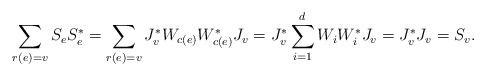
LaTeX: \begin{align*} \sum_{r(e)=v} S_e S_e^* = \sum_{r(e)=v} J_v^* W_{c(e)} W_{c(e)} ^* J_v = J_v^* \sum_{i=1}^d W_i W_i^* J_v = J_v^*J_v = S_v .\end{align*}